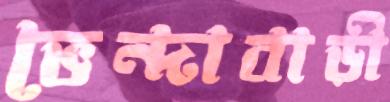
ভেন্দাবাড়ী